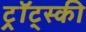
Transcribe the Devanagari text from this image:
ट्र्रॉट्स्की